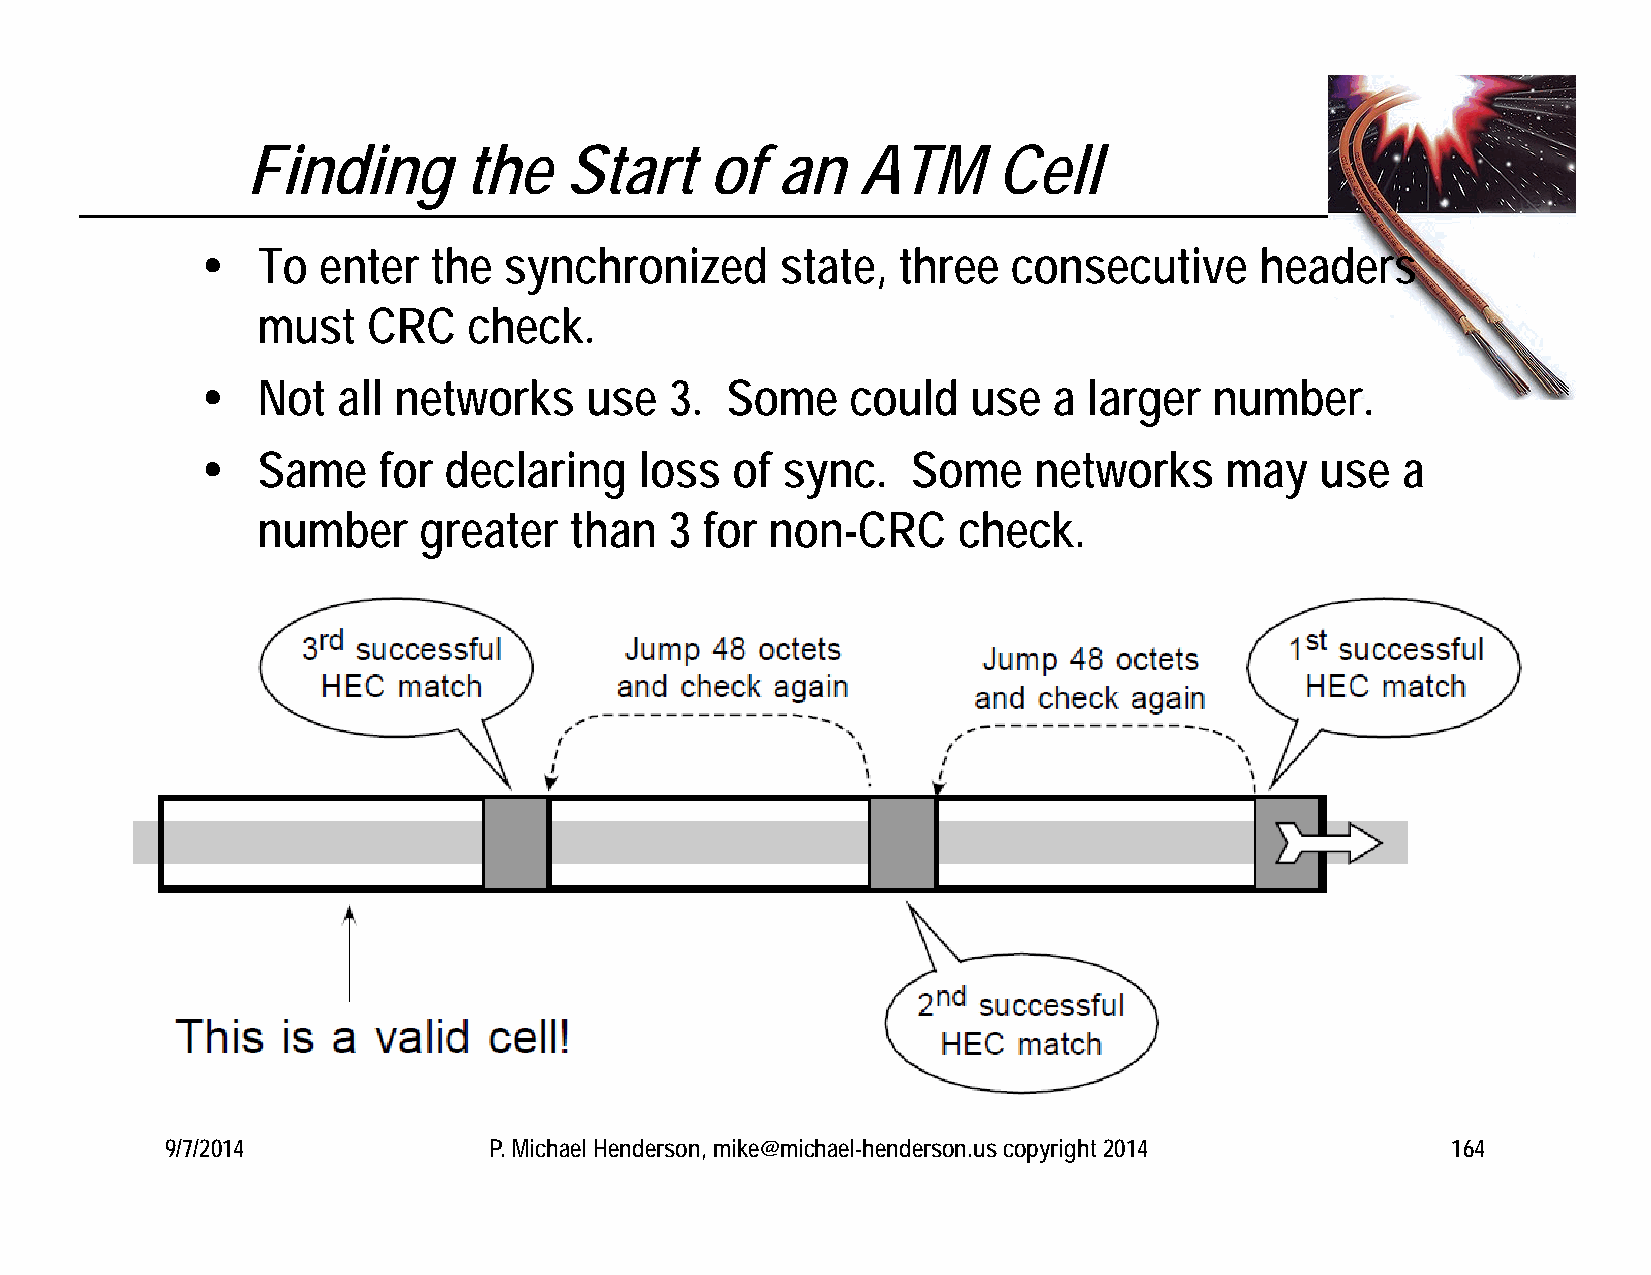
Finding        the   Start     of  an    ATM      Cell
    To  enter   the synchronized       state, three   consecutive     headers
 must   CRC    check.
    Not  all networks     use  3.  Some    could   use   a larger  number.
    Same    for declaring    loss  of  sync.   Some    networks     may   use   a
 number     greater   than  3  for non-CRC     check.
 9/7/2014             P. Michael Henderson, mike@michael-henderson.us copyright 2014  164